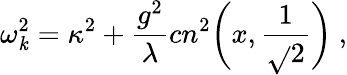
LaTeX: \omega_{\mathit{k}}^{2}=\kappa^{2}+{\frac{{g^{2}}}{{\lambda}}}cn^{2}\biggl(x,{\frac{{1}}{{\sqrt{}{{2}}}}}\biggr)\ ,